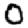
Digit: 0